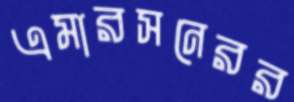
এমারসনেরর